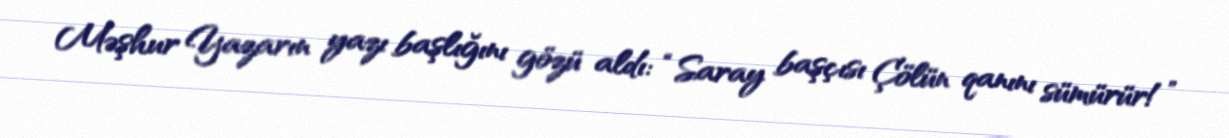
Məşhur Yazarın yazı başlığını gözü aldı: “Saray başçısı Çölün qanını sümürür!”